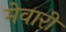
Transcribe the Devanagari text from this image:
मेवारी